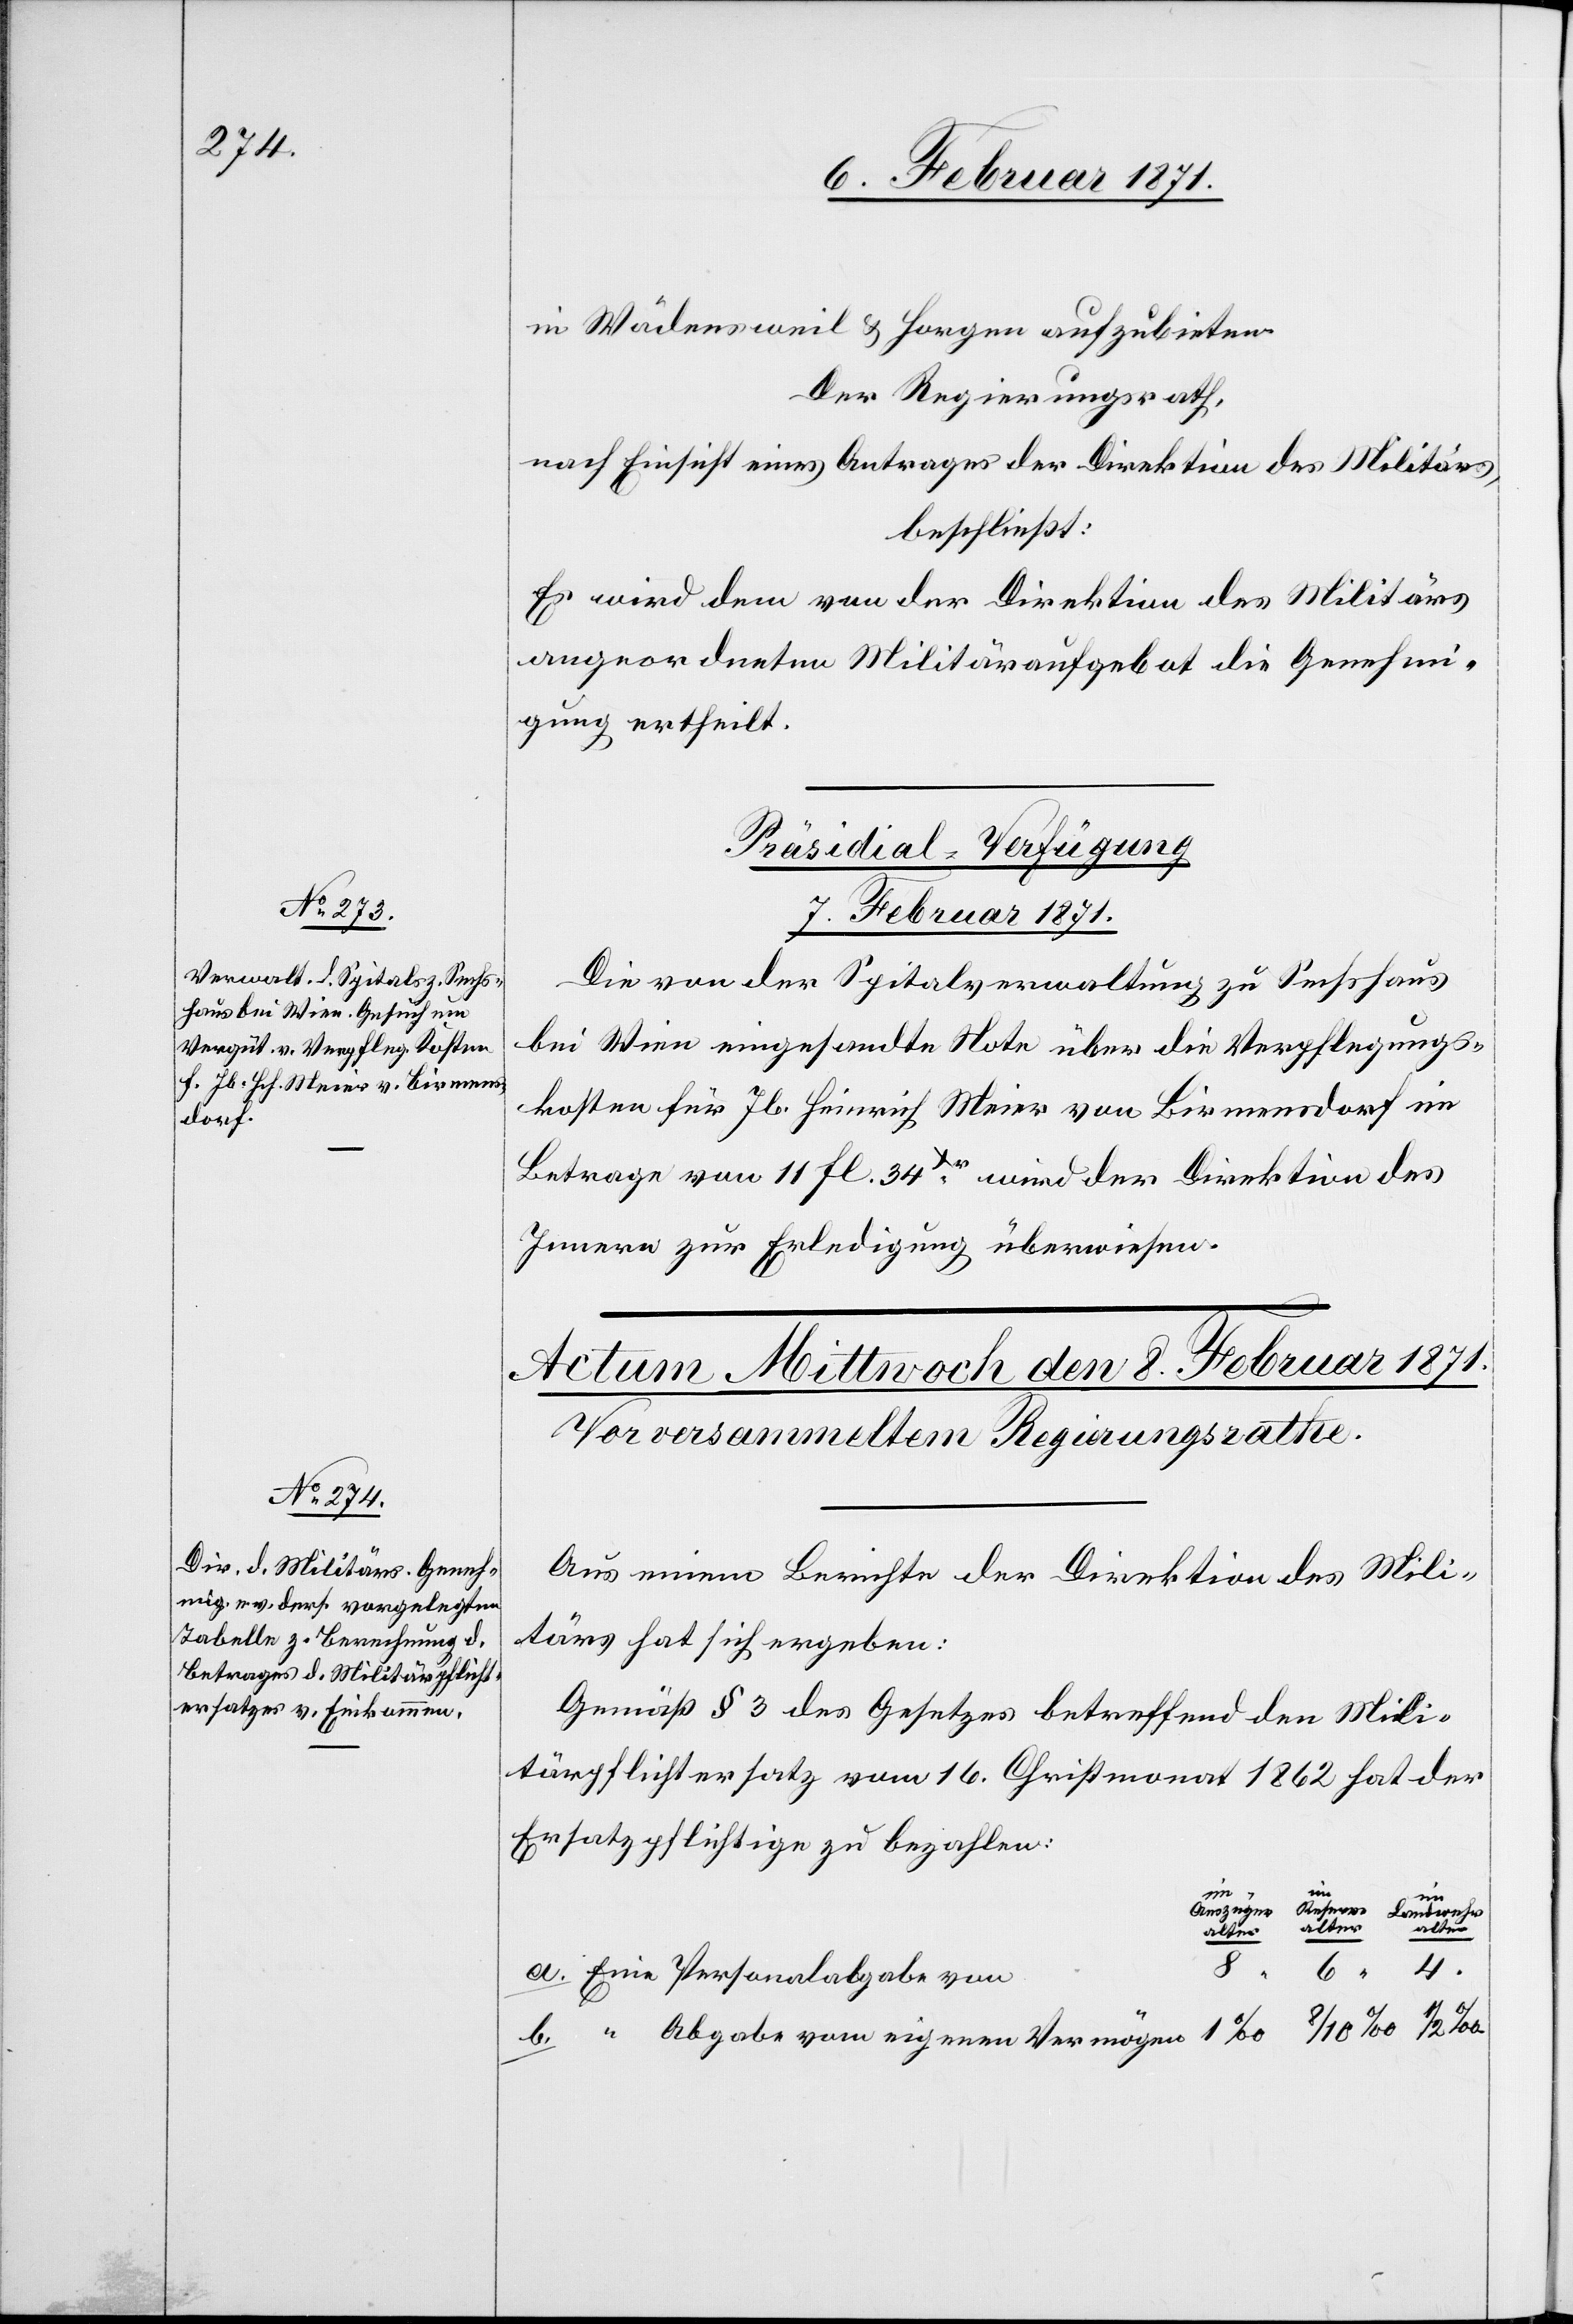
in Wädensweil u. Horgen aufzubieten.
Der Regierungsrath,
nach Einsicht eines Antrages der Direktion des Militärs,
beschließt:
Es wird von der Direktion des Militärs
angeordneten Militäraufgebot die Genehmi¬
gung ertheilt.
Präsidial-Verfügungen
7. Februar 1871.
Die von der Spitalverwaltung zu Sechshaus
bei Wien eingesandte Note über die Verpflegungs¬
kosten für Jb. Heinrich Meier von Birmensdorf im
Betrag von 11 fl. 34xr. wird der Direktion des
Innern zur Erledigung überwiesen.
Aus einem Berichte der Direktion des Mili¬
tärs hat sich ergeben:
Gemäß § 3 des Gesetzes betreffend den Mili¬
tärpflichtersatz vom 16. Christmonat 1862 hat der
Ersatzpflichtige zu bezahlen:
vom
eigenen
alter
4.
b.
Eine Personalabgabe von